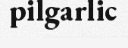
pilgarlic